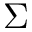
\Sigma